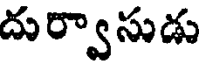
దుర్వాసుడు